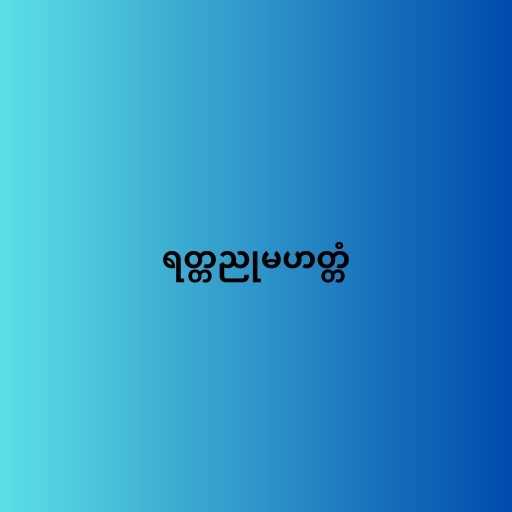
ရတ္တညုမဟတ္တံ